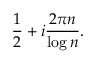
{ \frac { 1 } { 2 } } + i { \frac { 2 \pi n } { \log n } } .